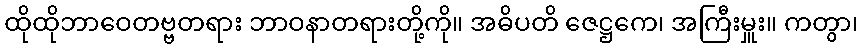
ထိုထိုဘာဝေတဗ္ဗတရား ဘာဝနာတရားတို့ကို။ အဓိပတိ ဇေဋ္ဌကေ၊ အကြီးမှူး။ ကတွာ၊